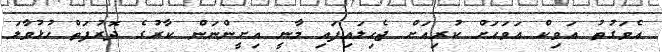
އެވަގުތު އަވިކް އަވަހަށް ކުރިއަށް ޖެހިލައިފައި މާނީ އިށީންނަން ކާރުގެ ދޮރުފަތް ހުޅުވާލަ